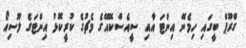
ގްރޫޕް ބީގައި ހިމެނޭ އިންޓަ އާއި ސީއެސްކޭއޭގެ މެޗުގެ ކުރީކޮޅު އިންޓަގެ ލޫސިއޯ